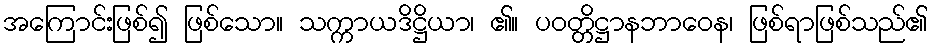
အကြောင်းဖြစ်၍ ဖြစ်သော။ သက္ကာယဒိဋ္ဌိယာ၊ ၏။ ပဝတ္တိဋ္ဌာနဘာဝေန၊ ဖြစ်ရာဖြစ်သည်၏